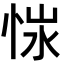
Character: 𢚭